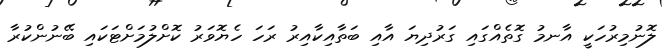
ލޮނުމިރުހަކީ އާނމު ގޮތެއްގައި ގަރުދިޔަ އާއި ބަތާއިކާއިރު ރަހަ ހެޔޮވަރު ކޮށްލުމަށްޓަކައި ބޭނުންކުރާ